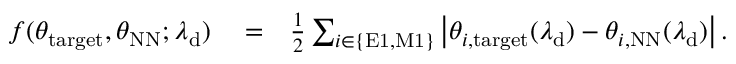
\begin{array} { r l r } { f ( \theta _ { \mathrm { t a r g e t } } , \theta _ { \mathrm { N N } } ; \lambda _ { \mathrm { d } } ) } & { { } = } & { \frac { 1 } { 2 } \sum _ { i \in \{ \mathrm { E 1 , M 1 } \} } \left| \theta _ { i , \mathrm { t a r g e t } } ( \lambda _ { \mathrm { d } } ) - \theta _ { i , \mathrm { N N } } ( \lambda _ { \mathrm { d } } ) \right| . } \end{array}